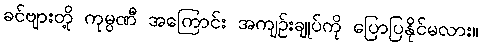
ခင်ဗျားတို့ ကုမ္ပဏီ အကြောင်း အကျဉ်းချုပ်ကို ပြောပြနိုင်မလား။